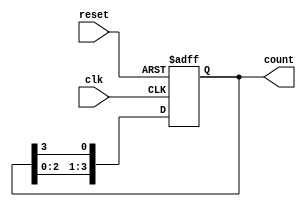
module bistable_ring_counter (
    input wire clk,         // Clock input
    input wire reset,       // Reset input
    output reg [3:0] count  // 4-bit output
);

    // Initial state
    initial begin
        count = 4'b0001; // Start with the first flip-flop set
    end

    // Sequential logic
    always @(posedge clk or posedge reset) begin
        if (reset) begin
            count <= 4'b0001; // Reset to initial state
        end else begin
            count <= {count[2:0], count[3]}; // Rotate the bits
        end
    end

endmodule